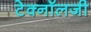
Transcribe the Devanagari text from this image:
टेक्‍नॉलजी